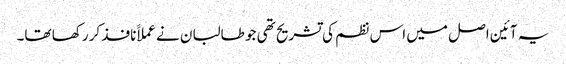
یہ آئین اصل میں اس نظم کی تشریح تھی جو طالبان نے عملاََ نافذ کر رکھا تھا۔